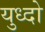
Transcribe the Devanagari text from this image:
युध्दो